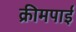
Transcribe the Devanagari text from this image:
क्रीमपाई